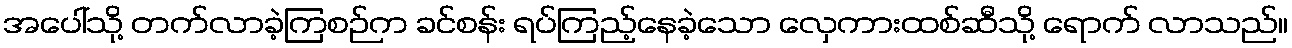
အပေါ်သို့ တက်လာခဲ့ကြစဉ်က ခင်စန်း ရပ်ကြည့်နေခဲ့သော လှေကားထစ်ဆီသို့ ရောက် လာသည်။